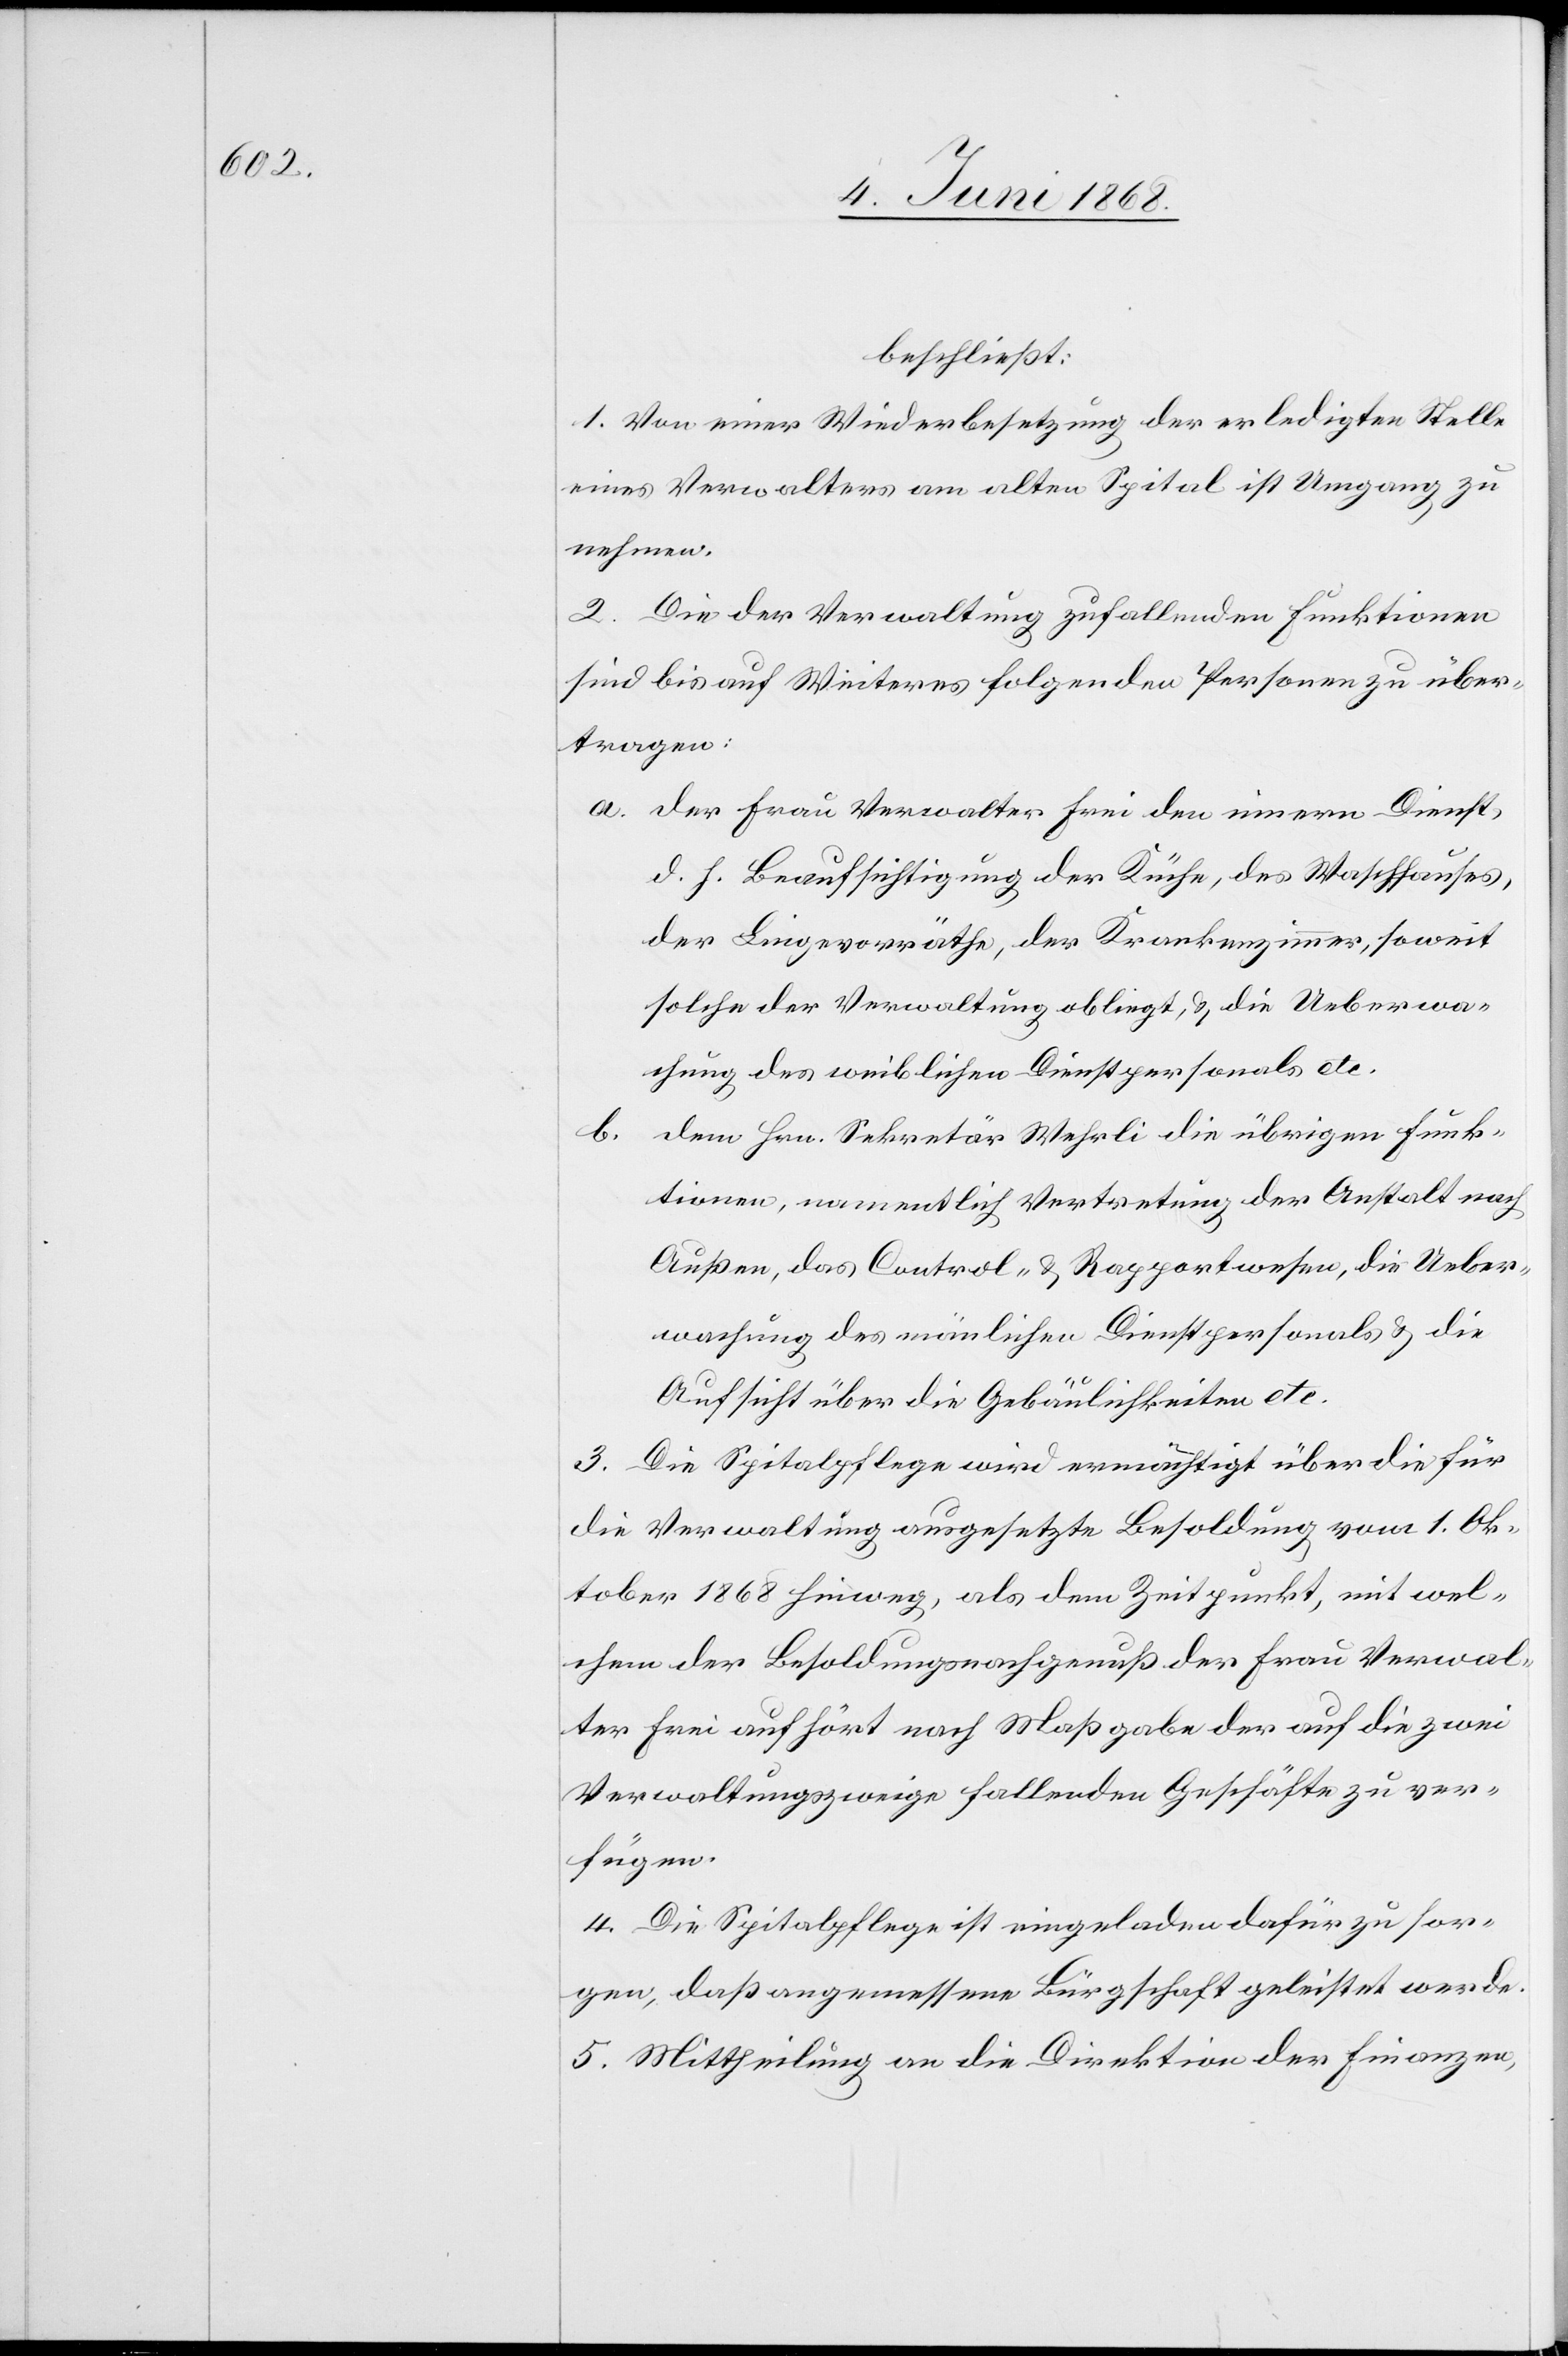
beschließt:
1. Von einer Wiederbesetzung der erledigten Stelle
eines Verwalters am alten Spital ist Umgang zu
nehmen.
2. Die der Verwaltung zufallenden Funktionen
sind bis auf Weiteres folgenden Personen zu über¬
tragen:
der Frau Verwalter Frei den innern Dienst,
d. h. Beaufsichtigung der Küche, des Waschhauses,
der Lingevorräthe, der Krankenzimmer, soweit
solche der Verwaltung obliegt, & die Ueberwa¬
chung des weiblichen Dienstpersonals etc.
b.
dem Hrn. Sekretär Wehrli die übrigen Funk¬
tionen, namentlich Vertretung der Anstalt nach
Außen, das Control- & Rapportwesen, die Ueber¬
wachung des mänlichen Dienstpersonals & die
Aufsicht über die Gebäulichkeiten etc.
3. Die Spitalpflege wird ermächtigt über die für
die Verwaltung ausgesetzte Besoldung vom 1. Ok¬
tober 1868 hinweg, als dem Zeitpunkt, mit wel¬
chem der Besoldungsnachgenuß der Frau Verwal¬
ter Frei aufhört nach Maßgabe der auf die zwei
Verwaltungszweige fallenden Geschäfte zu ver¬
fügen.
4. Die Spitalpflege ist eingeladen dafür zu sor¬
gen, daß angemessene Bürgschaft geleistet werde.
5. Mittheilung an die Direktion der Finanzen,